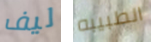
ليف الطبيبه